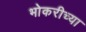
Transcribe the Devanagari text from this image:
भोकरीच्या